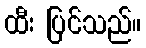
ထီး ပြင်သည်။